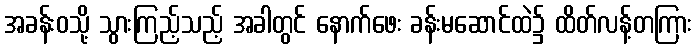
အခန်းဝသို့ သွားကြည့်သည့် အခါတွင် နောက်ဖေး ခန်းမဆောင်ထဲ၌ ထိတ်လန့်တကြား